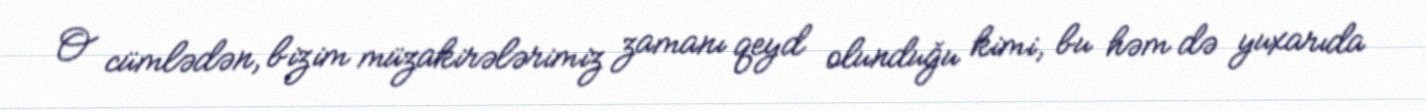
O cümlədən, bizim müzakirələrimiz zamanı qeyd olunduğu kimi, bu həm də yuxarıda